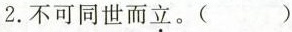
2.不可同世而立。( ）